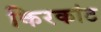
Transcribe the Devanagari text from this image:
किरकांट